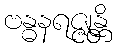
ဗန္ဓနရဇ္ဇုန္တိ